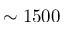
\sim 1 5 0 0